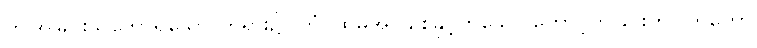
ဤအိုခြင်းသဘောရှိသော တရား၌။ တံ၊ ထိုမအိုပါစေနှင့်ဟူသော တောင့်တခြင်းကို။ ကုတော